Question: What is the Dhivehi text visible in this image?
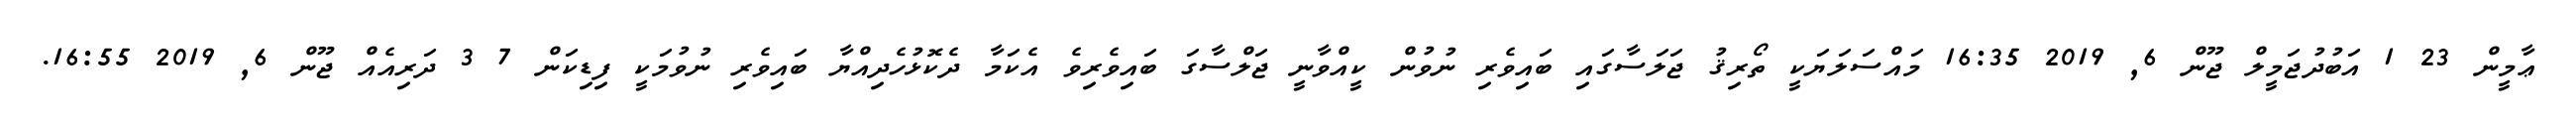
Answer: ޢާމީން 23 1 އަބުދުޖަމީލް ޖޫން 6, 2019 16:35 މައްސަލަޔަކީ ތޯރިޤު ޖަލަސާގައި ބައިވެރި ނުވުން ކީއްވާނީ ޖަލްސާގަ ބައިވެރިވެ އެކަމާ ދެކޮޅުހެދިއްޔާ ބައިވެރި ނުވުމަކީ ފިޑިކަން 7 3 ދަރިއެއް ޖޫން 6, 2019 16:55.